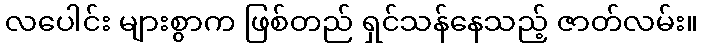
လပေါင်း များစွာက ဖြစ်တည် ရှင်သန်နေသည့် ဇာတ်လမ်း။